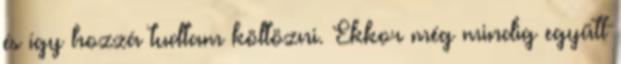
és így hozzá tudtam költözni. Ekkor még mindig együtt